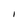
Character: I